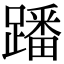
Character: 蹯